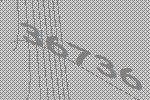
36736